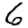
Digit: 6